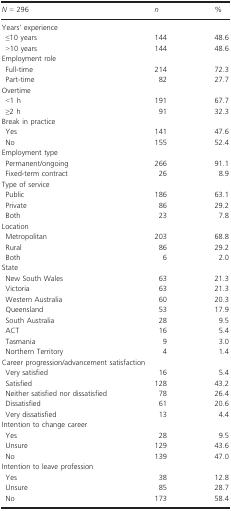
| N = 296 | n | % |
 | --- | --- | --- |
 | <COLSPAN=3> Years' experience |
 | ≤10 years | 144 | 48.6 |
 | >10 years | 144 | 48.6 |
 | <COLSPAN=3> Employment role |
 | Full‐time | 214 | 72.3 |
 | Part‐time | 82 | 27.7 |
 | <COLSPAN=3> Overtime |
 | <1 h | 191 | 67.7 |
 | ≥2 h | 91 | 32.3 |
 | <COLSPAN=3> Break in practice |
 | Yes | 141 | 47.6 |
 | No | 155 | 52.4 |
 | <COLSPAN=3> Employment type |
 | Permanent/ongoing | 266 | 91.1 |
 | Fixed‐term contract | 26 | 8.9 |
 | <COLSPAN=3> Type of service |
 | Public | 186 | 63.1 |
 | Private | 86 | 29.2 |
 | Both | 23 | 7.8 |
 | <COLSPAN=3> Location |
 | Metropolitan | 203 | 68.8 |
 | Rural | 86 | 29.2 |
 | Both | 6 | 2.0 |
 | <COLSPAN=3> State |
 | New South Wales | 63 | 21.3 |
 | Victoria | 63 | 21.3 |
 | Western Australia | 60 | 20.3 |
 | Queensland | 53 | 17.9 |
 | South Australia | 28 | 9.5 |
 | ACT | 16 | 5.4 |
 | Tasmania | 9 | 3.0 |
 | Northern Territory | 4 | 1.4 |
 | <COLSPAN=3> Career progression/advancement satisfaction |
 | Very satisfied | 16 | 5.4 |
 | Satisfied | 128 | 43.2 |
 | Neither satisfied nor dissatisfied | 78 | 26.4 |
 | Dissatisfied | 61 | 20.6 |
 | Very dissatisfied | 13 | 4.4 |
 | <COLSPAN=3> Intention to change career |
 | Yes | 28 | 9.5 |
 | Unsure | 129 | 43.6 |
 | No | 139 | 47.0 |
 | <COLSPAN=3> Intention to leave profession |
 | Yes | 38 | 12.8 |
 | Unsure | 85 | 28.7 |
 | No | 173 | 58.4 |